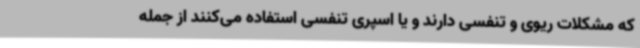
که مشکلات ریوی و تنفسی دارند و یا اسپری تنفسی استفاده می‌کنند از جمله